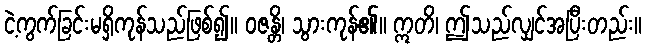
ငဲ့ကွက်ခြင်းမရှိကုန်သည်ဖြစ်၍။ ဝဇန္တိ၊ သွားကုန်၏။ ဣတိ၊ ဤသည်လျှင်အပြီးတည်း။